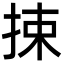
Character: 捒